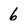
Character: 6